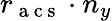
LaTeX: r_{\mathrm{~a~c~s~}}\cdot n_{y}